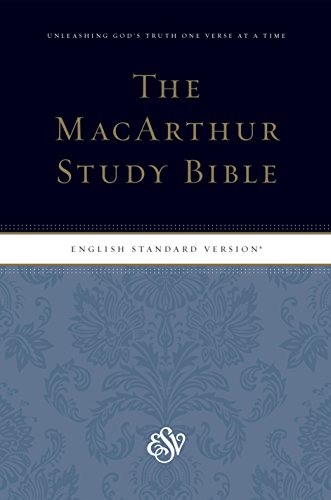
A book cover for ESV MacArthur Study Bible, Personal Size; ESV Bibles by Crossway; Christian Books & Bibles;